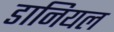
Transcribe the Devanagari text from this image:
डानियल